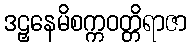
ဒဠှနေမိစက္ကဝတ္တိရာဇာ